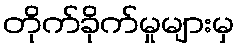
တိုက်ခိုက်မှုများမှ